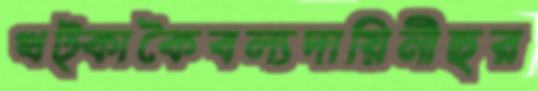
খট্কাকৈবল্যদায়িনীহুর